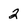
Character: 2